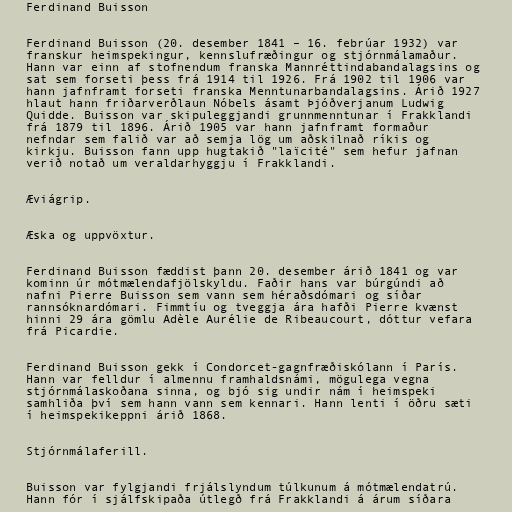
Ferdinand Buisson

Ferdinand Buisson (20. desember 1841 – 16. febrúar 1932) var
franskur heimspekingur, kennslufræðingur og stjórnmálamaður.
Hann var einn af stofnendum franska Mannréttindabandalagsins og
sat sem forseti þess frá 1914 til 1926. Frá 1902 til 1906 var
hann jafnframt forseti franska Menntunarbandalagsins. Árið 1927
hlaut hann friðarverðlaun Nóbels ásamt Þjóðverjanum Ludwig
Quidde. Buisson var skipuleggjandi grunnmenntunar í Frakklandi
frá 1879 til 1896. Árið 1905 var hann jafnframt formaður
nefndar sem falið var að semja lög um aðskilnað ríkis og
kirkju. Buisson fann upp hugtakið "laïcité" sem hefur jafnan
verið notað um veraldarhyggju í Frakklandi.

Æviágrip.

Æska og uppvöxtur.

Ferdinand Buisson fæddist þann 20. desember árið 1841 og var
kominn úr mótmælendafjölskyldu. Faðir hans var búrgúndi að
nafni Pierre Buisson sem vann sem héraðsdómari og síðar
rannsóknardómari. Fimmtíu og tveggja ára hafði Pierre kvænst
hinni 29 ára gömlu Adèle Aurélie de Ribeaucourt, dóttur vefara
frá Picardie.

Ferdinand Buisson gekk í Condorcet-gagnfræðiskólann í París.
Hann var felldur í almennu framhaldsnámi, mögulega vegna
stjórnmálaskoðana sinna, og bjó sig undir nám í heimspeki
samhliða því sem hann vann sem kennari. Hann lenti í öðru sæti
í heimspekikeppni árið 1868.

Stjórnmálaferill.

Buisson var fylgjandi frjálslyndum túlkunum á mótmælendatrú.
Hann fór í sjálfskipaða útlegð frá Frakklandi á árum síðara